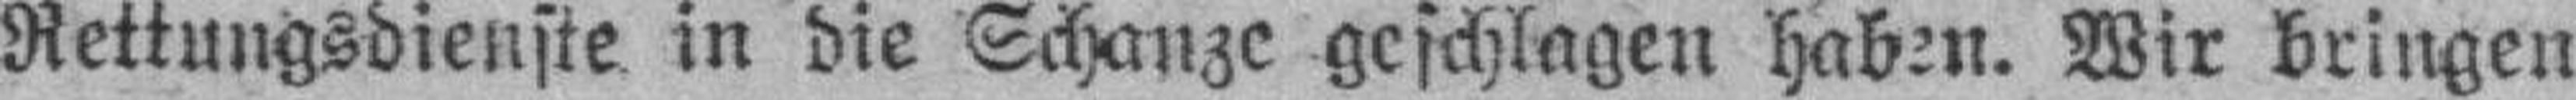
Rettungsdienste in die Schanze geschlagen haben. Wir bringen